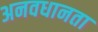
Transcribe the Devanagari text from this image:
अनवधानता